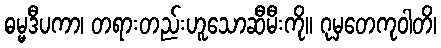
ဓမ္မဒီပကာ၊ တရားတည်းဟူသောဆီမီးကို။ ဂုမှတေကုဝါတိ၊